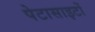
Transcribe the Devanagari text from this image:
पेटासाइटों